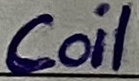
Text: Coil